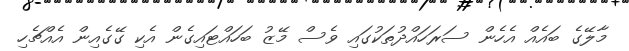
މާލޭގެ ބައެއް އެހެން ސަރަހައްދުތަކުގައި ވެސް މޭޒު ބަހައްޓައިގެން އެކި ގޭގެއިން އެއްޗެހި